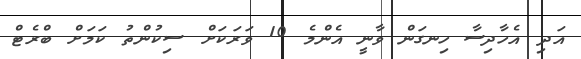
އަދި އެހާދިސާ ހިނގަން ވާނީ އެންމެ 10 ވަރަކަށް ސިކުންތު ކަމަށް ބްރެޓް